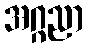
အဂ္ဂညာ